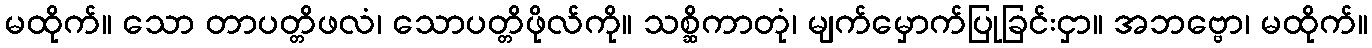
မထိုက်။ သော တာပတ္တိဖလံ၊ သောပတ္တိဖိုလ်ကို။ သစ္ဆိကာတုံ၊ မျက်မှောက်ပြုခြင်းငှာ။ အဘဗ္ဗော၊ မထိုက်။